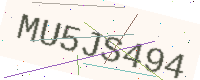
Text: MU5JS494